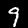
Digit: 9